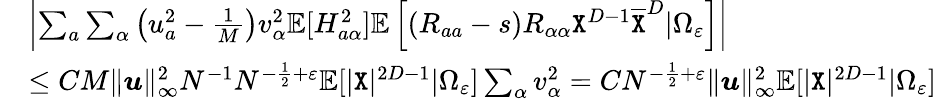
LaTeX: \begin{array}{rl}&{\left|\sum_{a}\sum_{\alpha}\left(u_{a}^{2}-\frac 1{M}\right)v_{\alpha}^{2}\mathbb{E}[H_{a\alpha}^{2}]\mathbb{E}\left[(R_{aa}-s)R_{\alpha\alpha}{\texttt X}^{D-1}\overline{{{\texttt X}}}^{D}|\Omega_{\varepsilon}\right]\right|}\\ &{\leq CM\| {\boldsymbol u}\| _{\infty}^{2}N^{-1}N^{-\frac{1}{2}+\varepsilon}\mathbb{E}[|{\texttt X}|^{2D-1}|\Omega_{\varepsilon}]\sum_{\alpha}v_{\alpha}^{2}=CN^{-\frac{1}{2}+\varepsilon}\| {\boldsymbol u}\| _{\infty}^{2}\mathbb{E}[|{\texttt X}|^{2D-1}|\Omega_{\varepsilon}]}\end{array}